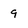
Character: 9